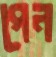
পেন